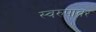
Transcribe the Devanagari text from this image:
स्वरुपावर